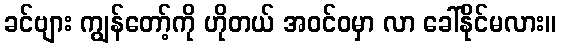
ခင်ဗျား ကျွန်တော့်ကို ဟိုတယ် အဝင်ဝမှာ လာ ခေါ်နိုင်မလား။